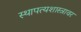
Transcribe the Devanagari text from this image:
स्थापत्यशास्त्रावर